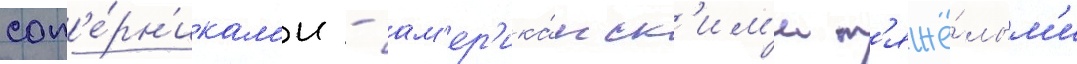
соп'е́рн'икам'и - ам'ер'ика́нск'им'и т'яжё́лым'и